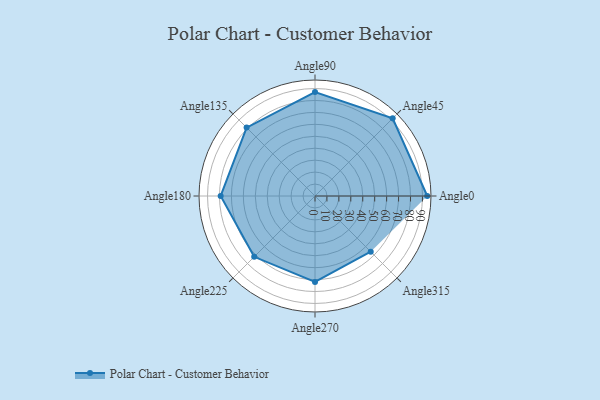
{"axis": {"x": "Angle", "y": "Radius"}, "legend": [""], "data": [{"x": "Angle0", "y": 94.0, "type": ""}, {"x": "Angle45", "y": 92.0, "type": ""}, {"x": "Angle90", "y": 87.0, "type": ""}, {"x": "Angle135", "y": 81.0, "type": ""}, {"x": "Angle180", "y": 79.0, "type": ""}, {"x": "Angle225", "y": 72.0, "type": ""}, {"x": "Angle270", "y": 72.0, "type": ""}, {"x": "Angle315", "y": 66.0, "type": ""}]}